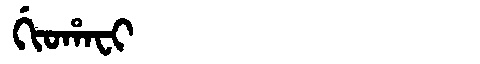
Manchu: ᡤᡳᠣᡥᠠᠸᡳ
Romanization: GIOHAFI